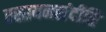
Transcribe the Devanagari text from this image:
रसायनसंदीप्ति